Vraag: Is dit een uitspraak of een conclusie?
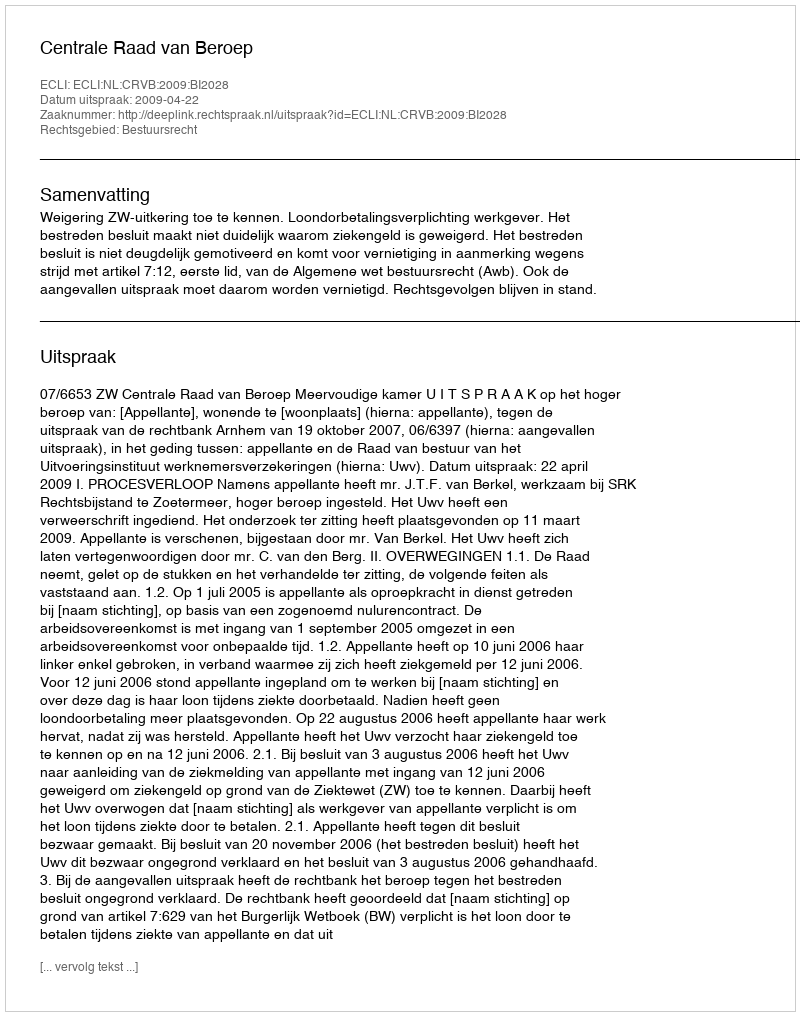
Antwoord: Uitspraak